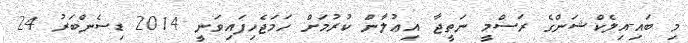
މި ބައި-އިލެކްޝަންގެ ރަސްމީ ނަތީޖާ އިޢުލާން ކުރުމަށް ހަމަޖެހިފައިވަނީ 2014 ޑިސެންބަރު 24